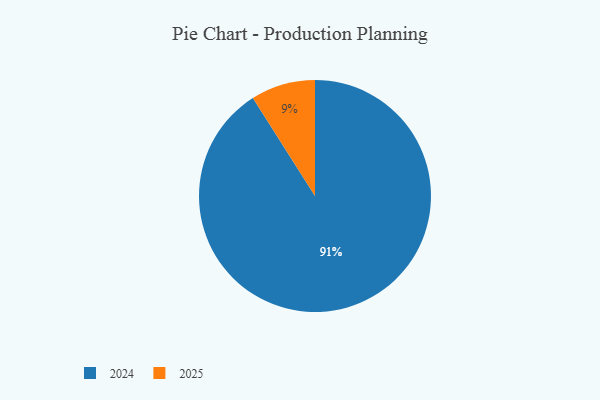
{"axis": {"x": "Category", "y": "Percentage"}, "legend": ["2024", "2025"], "data": [{"x": "2024", "y": 91, "type": "2024"}, {"x": "2025", "y": 9, "type": "2025"}]}